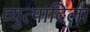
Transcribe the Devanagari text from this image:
व्युत्पादिला